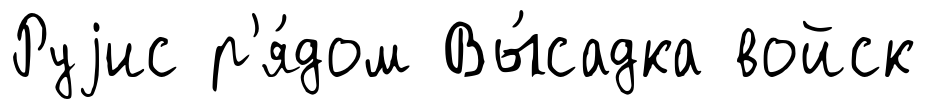
Руjис р'я́дом Вы́садка войск